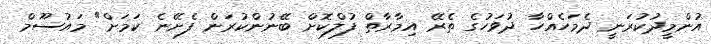
އުންމީދުކުރަނީ ދެމަހެއްހާ ދުވަހުގެ ތެރޭ އިމާރާތް ފުލްކޮށް ބޭނުންކުރަން ފެށޭނެ ކަމަށް" މައުސޫމް